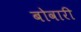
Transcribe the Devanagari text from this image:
बोवारी